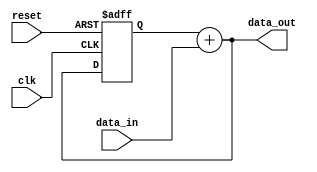
module pipeline_accumulator(
  input clk,
  input reset,
  input [31:0] data_in,
  output [31:0] data_out
);

reg [31:0] accumulator;
reg [31:0] next_accumulator;

always @(posedge clk or posedge reset) begin
  if (reset) begin
    accumulator <= 0;
  end else begin
    accumulator <= next_accumulator;
  end
end

always @* begin
  next_accumulator = accumulator + data_in;
end

assign data_out = next_accumulator;

endmodule